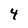
Character: 4